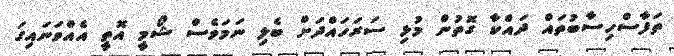
ތަފާސްހިސާބުތައް ދައްކާ ގޮތުން މުޅި ސަރަހައްދަށް ބެލި ނަމަވެސް ޝޯމީ އޮތީ އެއްވަނައިގަ